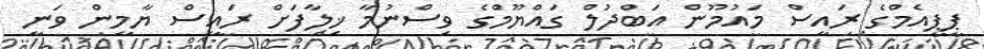
ޕީޕީއެމްގެ ރައީސް މައުމޫން އަބްދުލް ގައްޔޫމްގެ ވިސްނުމާ ޚިލާފަށް ރައީސް ޔާމީން ވަނީ